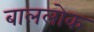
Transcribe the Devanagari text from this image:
बाललोक